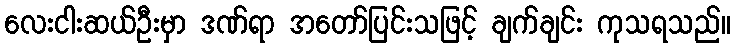
လေးငါးဆယ်ဦးမှာ ဒဏ်ရာ အတော်ပြင်းသဖြင့် ချက်ချင်း ကုသရသည်။